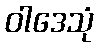
ဝါဒေသုံ